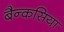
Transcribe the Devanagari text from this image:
बैन्कसिया